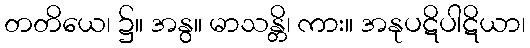
တတိယေ၊ ၌။ အနွ။ မာသန္တိ၊ ကား။ အနုပဋိပါဋိယာ၊